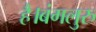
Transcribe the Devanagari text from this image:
है।बंगलुरु